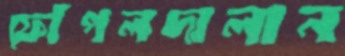
ফোঁপলদালান